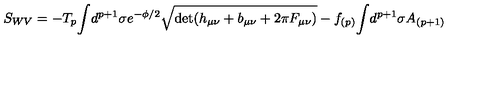
S _ { W V } = - T _ { p } { \int } d ^ { p + 1 } \sigma e ^ { - { \phi } / 2 } \sqrt { \det ( h _ { \mu \nu } + b _ { \mu \nu } + 2 \pi F _ { \mu \nu } ) } - \nonumber f _ { ( p ) } { \int } d ^ { p + 1 } \sigma A _ { ( p + 1 ) }